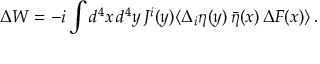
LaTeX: \Delta W = - i \int d ^ { 4 } x \, d ^ { 4 } y \, J ^ { i } ( y ) \langle \Delta _ { i } \eta ( y ) \, \bar { \eta } ( x ) \, \Delta F ( x ) \rangle \, .